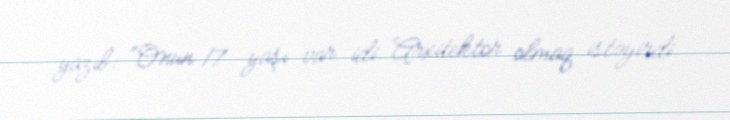
yazıb: “Onun 17 yaşı var idi. Arxitektor olmaq istəyirdi.